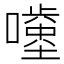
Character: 𡂥